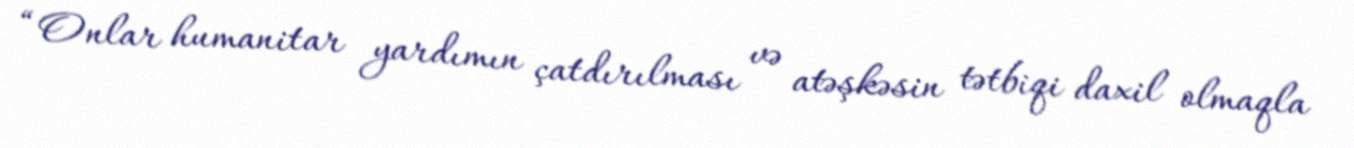
“Onlar humanitar yardımın çatdırılması və atəşkəsin tətbiqi daxil olmaqla